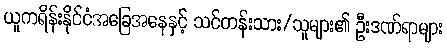
ယူကရိန်းနိုင်ငံအခြေအနေနှင့် သင်တန်းသား/သူများ၏ ဦးဒဏ်ရာများ